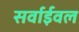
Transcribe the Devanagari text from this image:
सर्वाईवल